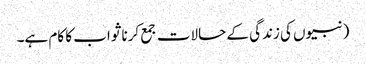
(نبیوں کی زندگی کے حالات جمع کرنا ثواب کا کام ہے۔